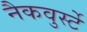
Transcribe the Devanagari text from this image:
नैकवुर्स्टे